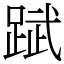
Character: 䟼